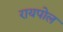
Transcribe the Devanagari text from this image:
रायपोल